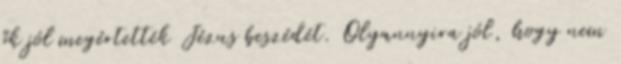
ők jól megértették Jézus beszédét. Olyannyira jól, hogy nem